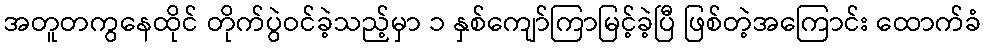
အတူတကွနေထိုင် တိုက်ပွဲဝင်ခဲ့သည့်မှာ ၁ နှစ်ကျော်ကြာမြင့်ခဲ့ပြီ ဖြစ်တဲ့အကြောင်း ထောက်ခံ